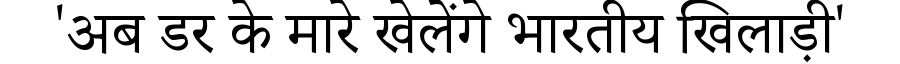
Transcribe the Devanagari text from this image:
'अब डर के मारे खेलेंगे भारतीय खिलाड़ी'